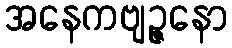
အနေကဗျဉ္ဇနော